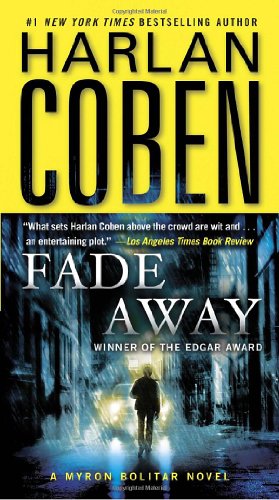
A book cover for Fade Away (Myron Bolitar); Harlan Coben; Mystery, Thriller & Suspense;